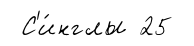
С'и́нглы 25